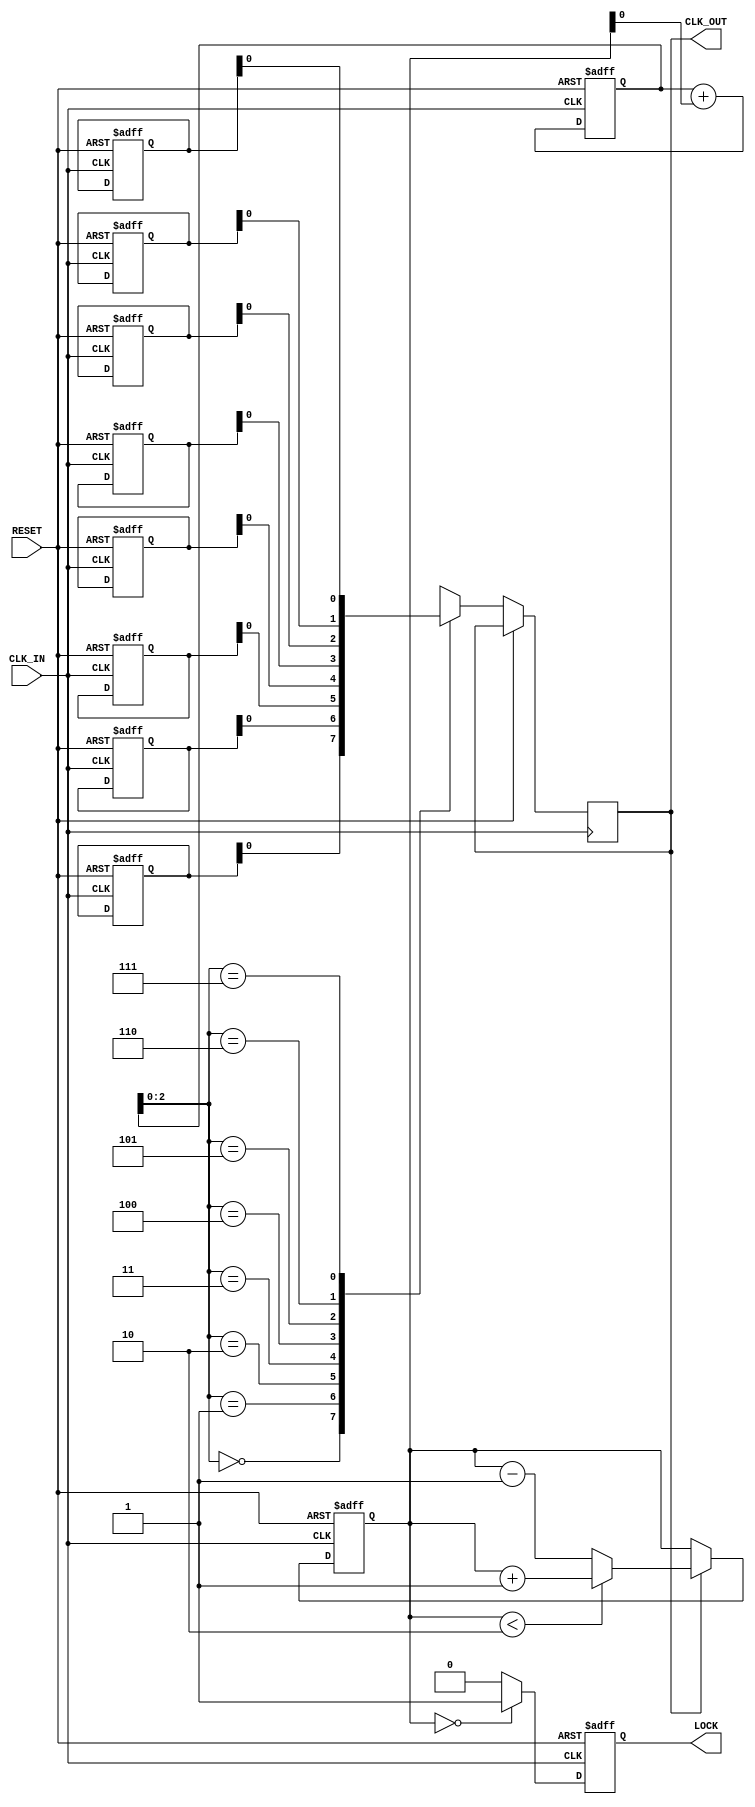
module MemoryBlocksDLL (
    input wire CLK_IN,          // Input clock
    input wire RESET,           // Asynchronous reset
    output wire CLK_OUT,        // Output clock
    output wire LOCK            // Lock signal
);

    // Parameters for the DLL
    parameter DELAY_STAGES = 8; // Number of delay stages in VCDL
    parameter PHASE_THRESHOLD = 2; // Phase error threshold for locking

    // Internal signals
    reg [DELAY_STAGES-1:0] delay_control; // Control signal for VCDL
    wire clk_out_vcdl;                    // Output from VCDL
    wire phase_error;                     // Phase error signal
    reg lock_reg;                         // Lock status register
    reg [3:0] phase_counter;              // Phase counter for loop filter

    // Phase Detector (PD)
    always @(posedge CLK_IN or posedge RESET) begin
        if (RESET) begin
            phase_counter <= 0;
        end else if (clk_out_vcdl) begin
            if (phase_counter < PHASE_THRESHOLD) begin
                phase_counter <= phase_counter + 1;
            end else begin
                phase_counter <= phase_counter - 1; // Adjust phase
            end
        end
    end

    // Loop Filter (LF)
    always @(posedge CLK_IN or posedge RESET) begin
        if (RESET) begin
            delay_control <= 0;
        end else begin
            // Simple integral loop filter
            delay_control <= delay_control + phase_counter[0]; // Adjust based on phase_counter
        end
    end

    // Voltage-Controlled Delay Line (VCDL)
    reg [DELAY_STAGES-1:0] delay_line [0:DELAY_STAGES-1]; // Delay stages
    integer i;

    always @(posedge CLK_IN or posedge RESET) begin
        if (RESET) begin
            for (i = 0; i < DELAY_STAGES; i = i + 1) begin
                delay_line[i] <= 0; // Initialize delay stages
            end
        end else begin
            // Configure delay based on delay_control
            CLK_OUT <= delay_line[delay_control]; // Output delayed clock
        end
    end

    // Feedback path
    assign clk_out_vcdl = CLK_OUT; // Feedback to phase detector

    // Lock Detection
    always @(posedge CLK_IN or posedge RESET) begin
        if (RESET) begin
            lock_reg <= 0;
        end else if (phase_counter == 0) begin
            lock_reg <= 1; // Lock condition met
        end else begin
            lock_reg <= 0;
        end
    end

    assign LOCK = lock_reg; // Output lock status

endmodule